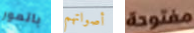
باتمور أصواتهم مفتوحة